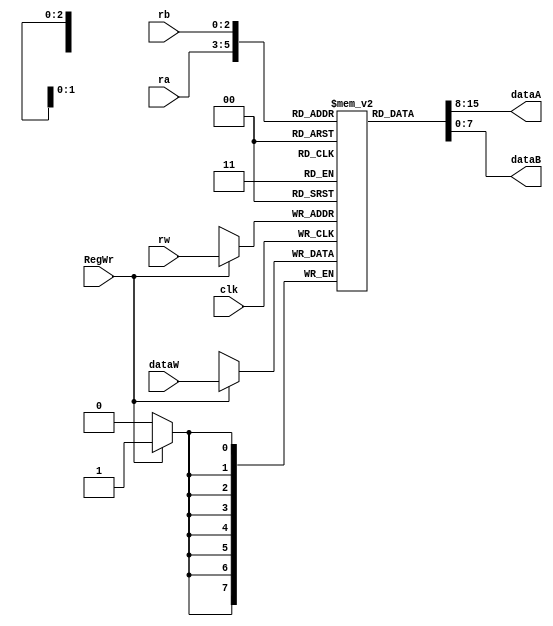
`timescale 1ns / 1ps
//////////////////////////////////////////////////////////////////////////////////
// Company: 
// Engineer: 
// 
// Design Name: 
// Module Name: regFile
// Project Name: 
// Target Devices: 
// Tool Versions: 
// Description: 
// 
// Dependencies: 
// 
// Revision:
// Revision 0.01 - File Created
// Additional Comments:
// 
//////////////////////////////////////////////////////////////////////////////////


module regFile #(parameter AddressSize = 3, WordSize = 8 )(  //4 X 8 register file
	 // Addresses
    input [AddressSize-1:0] ra,  // Address of read location 1
    input [AddressSize-1:0] rb,  // Address of read location 2
    input [AddressSize-1:0] rw,  // Address of write location
	 // Control signal 
    input RegWr, 				// Register write enable
	 // Data
    output [WordSize-1:0] dataA,
    output [WordSize-1:0] dataB,
    input  [WordSize-1:0] dataW,
	 
    input clk
    );
  
  reg [WordSize-1:0] rf[0:(1<<AddressSize)-1];  // 2^AddressSize X WordSize 

	initial begin
		rf[0] = 8'h00;
		rf[1] = 8'h00;
		rf[2] = 8'h00;
		rf[3] = 8'h00;
		rf[4] = 8'h00;
		rf[5] = 8'h00;
		rf[6] = 8'h00;
		rf[7] = 8'h00;
		
	end
		

  // three ported register file
  // read two ports combinationally
  // write third port on rising edge of clock

  always @(posedge clk)
     if (RegWr) rf[rw] <= dataW;	

  assign dataA = rf[ra];  // Asynchronous Reads
  assign dataB = rf[rb];

endmodule